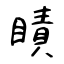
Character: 瞔